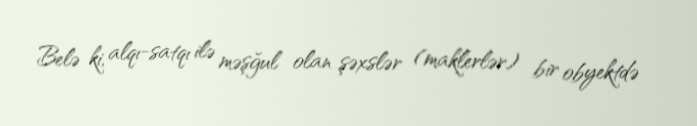
Belə ki, alqı-satqı ilə məşğul olan şəxslər (maklerlər) bir obyektdə